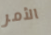
الأمر